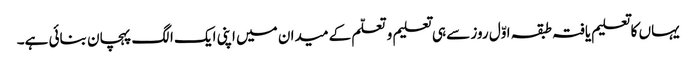
یہاں کا تعلیم یافتہ طبقہ اوّل روز سے ہی تعلیم و تعلّم کے میدان میں اپنی ایک الگ پہچان بنائی ہے۔